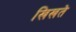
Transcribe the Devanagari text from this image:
खिखते